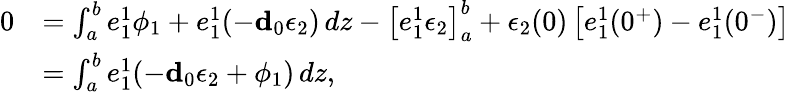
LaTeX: \begin{array}{rl}{0}&{=\int_{a}^{b}e_{1}^{1}\phi_{1}+e_{1}^{1}(-\mathbf{d}_{0}\epsilon_{2})\, dz-\big[e_{1}^{1}\epsilon_{2}\big]_{a}^{b}+\epsilon_{2}(0)\left[e_{1}^{1}(0^{+})-e_{1}^{1}(0^{-})\right]}\\ &{=\int_{a}^{b}e_{1}^{1}(-\mathbf{d}_{0}\epsilon_{2}+\phi_{1})\, dz,}\end{array}